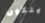
يتكون